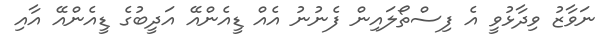
ނަވާޒު ވިދާޅުވީ އެ ފިސްތޯލައިން ފެނުނު އެއް ޑީއެންއޭ އަދީބުގެ ޑީއެންއޭ އާއި